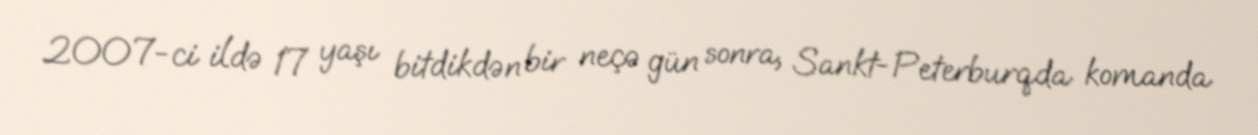
2007-ci ildə 17 yaşı bitdikdən bir neçə gün sonra, Sankt-Peterburqda komanda